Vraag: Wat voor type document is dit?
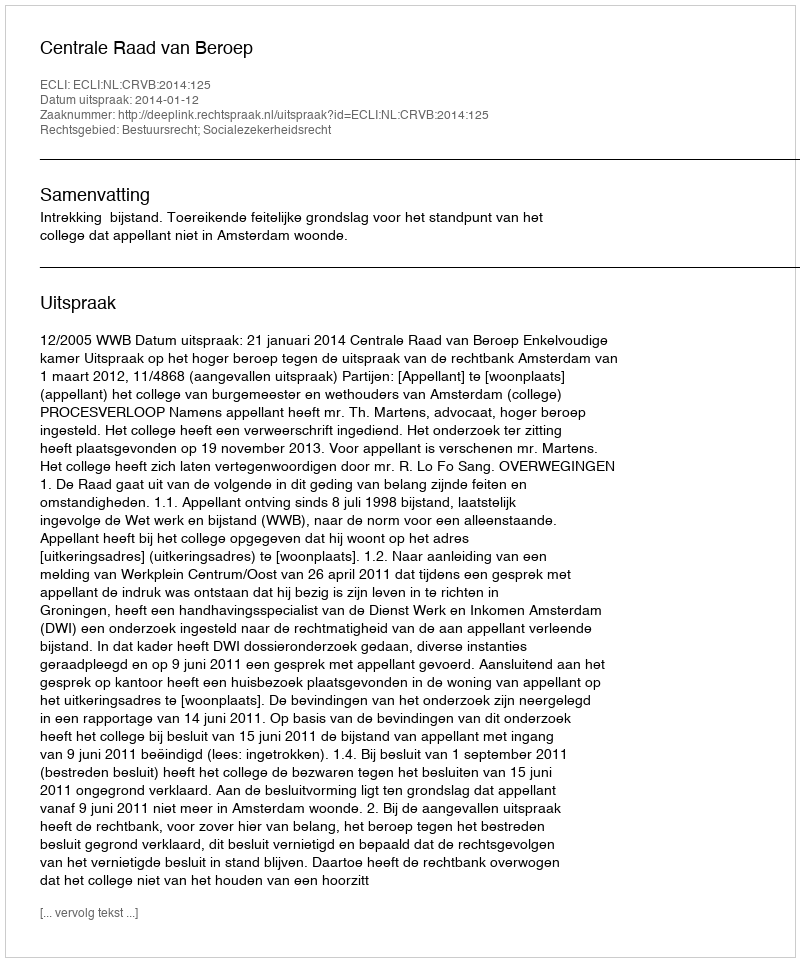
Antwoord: Uitspraak